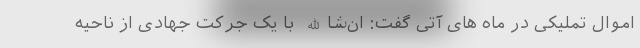
اموال تملیکی در ماه های آتی گفت: ان‌شاالله با یک جرکت جهادی از ناحیه